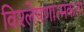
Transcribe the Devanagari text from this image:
विश्लेषणात्मकता